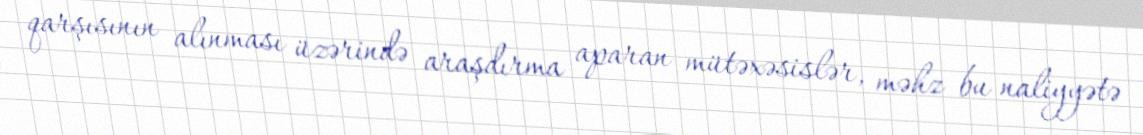
qarşısının alınması üzərində araşdırma aparan mütəxəsislər, məhz bu naliyyətə